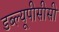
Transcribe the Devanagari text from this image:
डब्ल्यूपीसीसी